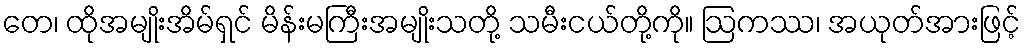
တေ၊ ထိုအမျိုးအိမ်ရှင် မိန်းမကြီးအမျိုးသတို့ သမီးငယ်တို့ကို။ ဩကဿ၊ အယုတ်အားဖြင့်